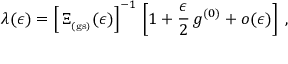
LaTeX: \lambda ( \epsilon ) = \left[ \, \Xi _ { _ \mathrm { ( g s ) } } ( \epsilon ) \right] ^ { - 1 } \, \left[ 1 + \frac { \epsilon } { 2 } \, g ^ { ( 0 ) } + o ( \epsilon ) \right] \; ,